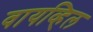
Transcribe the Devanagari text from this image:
वायव्हिल